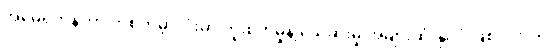
အမေရိကန်ဟာ တစ်ကမ္ဘာလုံးမှာ ကူးစက်မှုနဲ့ သေဆုံးမှု အများဆုံးနိုင်ငံ ဖြစ်ပါတယ်။